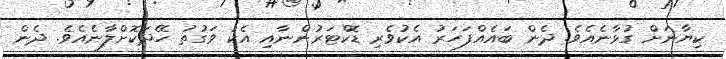
ކިޔާނަށް ގުޅާނެއެވެ. ދެން ބައެއްފަހަރު އެކުވެރި ޑޮކްޓަރުންނާއި އެކު ވަގުތު ހޭދަކޮށްލާނެއެވެ. ދެން